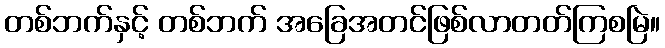
တစ်ဘက်နှင့် တစ်ဘက် အခြေအတင်ဖြစ်လာတတ်ကြစမြဲ။